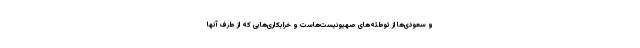
و سعودی‌ها از توطئه‌های صهیونیست‌هاست و خرابکاری‌هایی که از طرف آنها